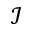
\mathcal I